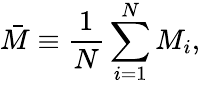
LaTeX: \bar{M}\equiv\frac{1}{N}\sum_{i=1}^{N}M_{i},